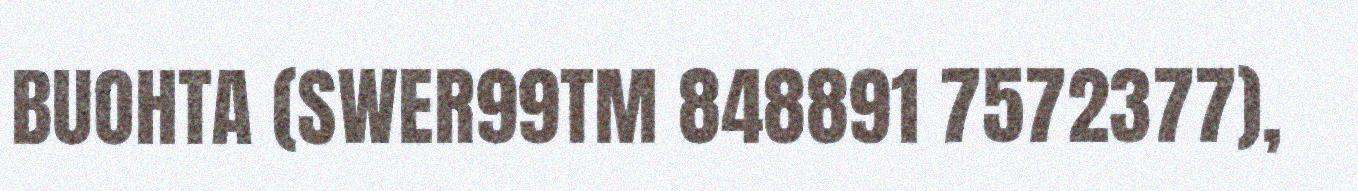
BUOHTA (SWER99TM 848891 7572377),